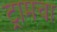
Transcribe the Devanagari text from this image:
ट्रामचा